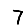
Digit: 7